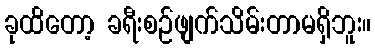
ခုထိတော့ ခရီးစဉ်ဖျက်သိမ်းတာမရှိဘူး။